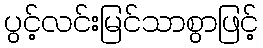
ပွင့်လင်းမြင်သာစွာဖြင့်